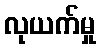
လုယက်မှု